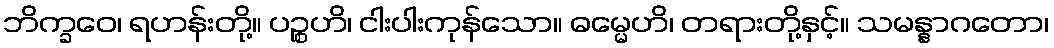
ဘိက္ခဝေ၊ ရဟန်းတို့။ ပဉ္စဟိ၊ ငါးပါးကုန်သော။ ဓမ္မေဟိ၊ တရားတို့နှင့်။ သမန္နာဂတော၊